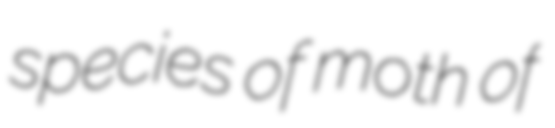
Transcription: species of moth of